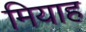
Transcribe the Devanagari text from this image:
मियाह